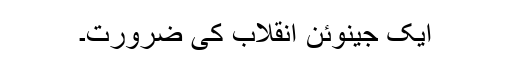
ایک جینوئن انقلاب کی ضرورت۔